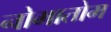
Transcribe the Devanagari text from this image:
नोमातोम